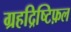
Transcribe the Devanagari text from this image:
ग्रहद्रिष्टिफ़ल